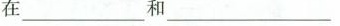
在___和___